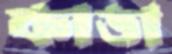
কাডা